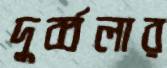
দুর্ব্বলার